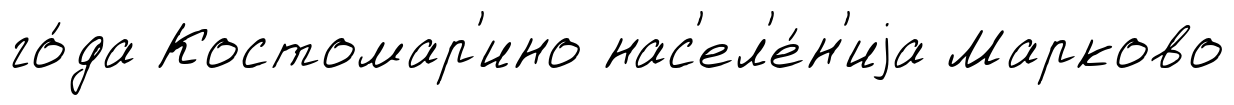
го́да Костомар'ино нас'ел'е́н'иjа Марково